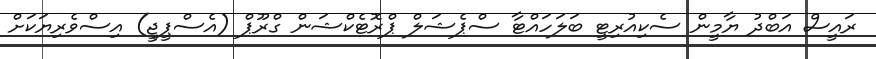
ރައީސް އަބްދު ޔާމީން ސެކިއުރިޓީ ބަލަހައްޓާ ސްޕެޝަލް ޕްރޮޓެކްޝަން ގްރޫޕް (އެސްޕީޖީ) އިސްވެރިޔަކަށް